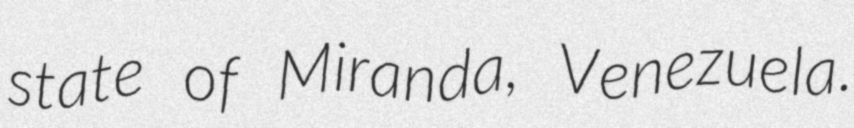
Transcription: state of Miranda, Venezuela.